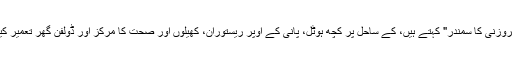
ذخیرہ آب، جسے لوگ "گروزنی کا سمندر" کہتے ہیں، کے ساحل پر کچھ ہوٹل، پانی کے اوپر ریستوران، کھیلوں اور صحت کا مرکز اور ڈولفن گھر تعمیر کیے جانے کا منصوبہ ہے۔